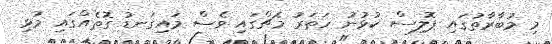
މި މުބާރާތުގައި ޕޮލިސް ކުޅުނު ހަތަރު މެޗްގައި ވެސް މައިގަނޑު ގޮތެއްގައި މުޅި